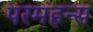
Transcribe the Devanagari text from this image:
परमहन्स